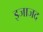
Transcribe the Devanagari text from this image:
इजाजद